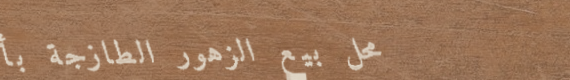
محل بيع الزهور الطازجة بأ